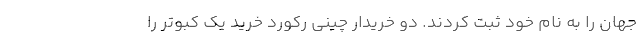
جهان را به نام خود ثبت کردند. دو خریدار چینی رکورد خرید یک کبوتر را